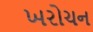
ખરોચન